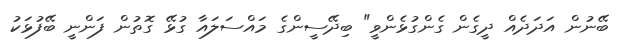
ބޭނުން އަދަދެއް ދީގެން ގެންގުޅެންވީ" ބިދޭސީންގެ މައްސަލައާ ގުޅޭ ގޮތުން ފަންނީ ބޭފުޅަކު